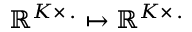
\mathbb { R } ^ { K \times \, . } \mapsto \mathbb { R } ^ { K \times \, . }